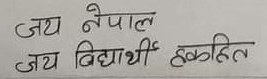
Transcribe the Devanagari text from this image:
जय नेपाल
जय विद्यार्थी हकहित